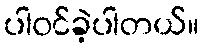
ပါ၀င်ခဲ့ပါတယ်။